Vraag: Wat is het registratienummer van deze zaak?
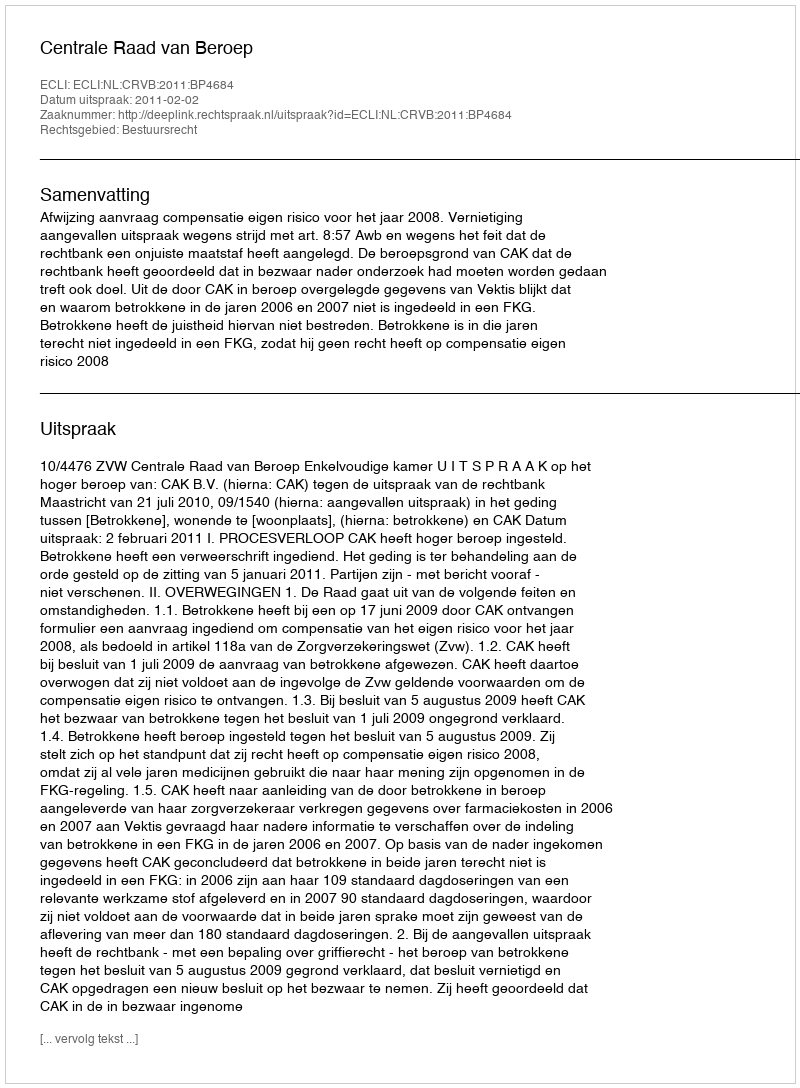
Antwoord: http://deeplink.rechtspraak.nl/uitspraak?id=ECLI:NL:CRVB:2011:BP4684